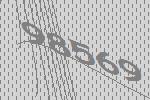
98569